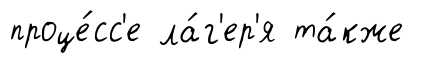
проце́сс'е ла́г'ер'я та́кже